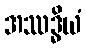
အဿဒ္ဓိယံ